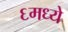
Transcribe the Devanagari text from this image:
६मध्ये